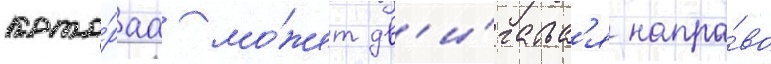
кото́раа мо́жет дв'и́гатьс'я напра́во